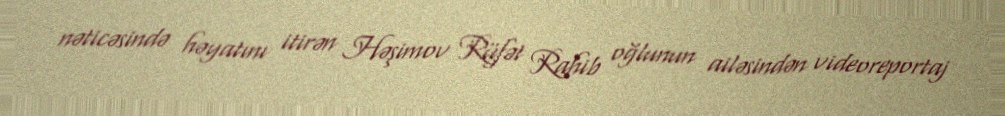
nəticəsində həyatını itirən Həşimov Rüfət Rahib oğlunun ailəsindən videoreportaj